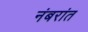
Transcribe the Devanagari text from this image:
नंबरांत